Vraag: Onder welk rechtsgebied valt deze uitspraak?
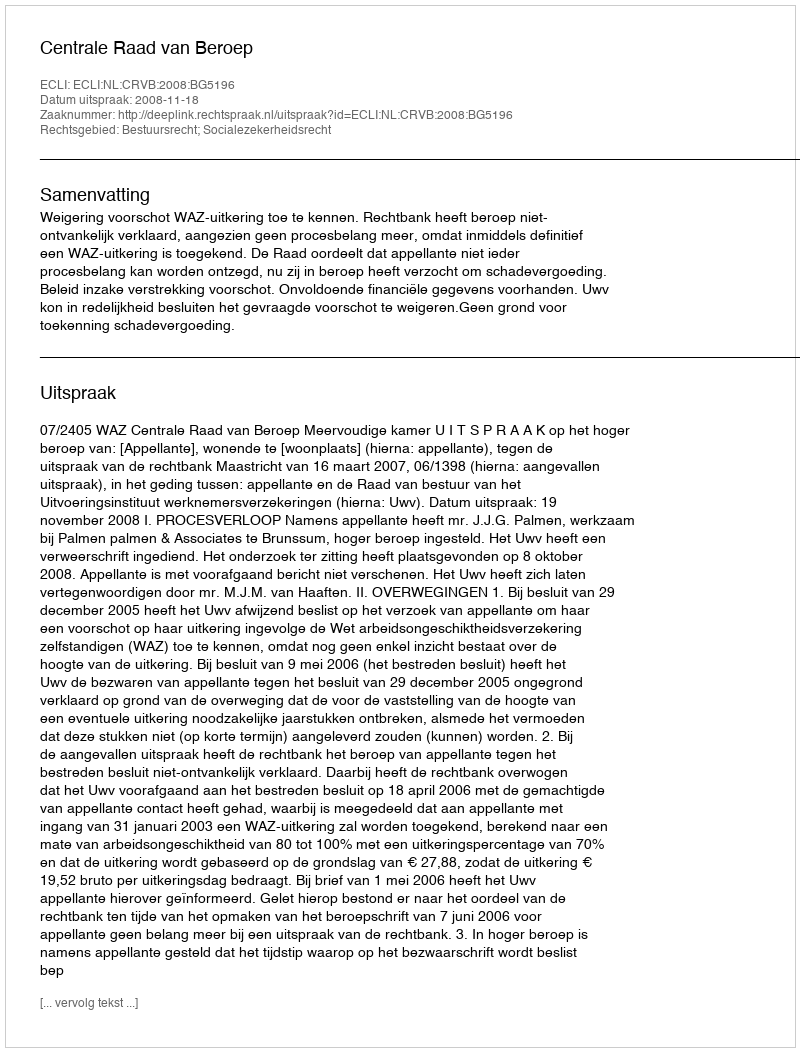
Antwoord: Bestuursrecht; Socialezekerheidsrecht